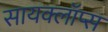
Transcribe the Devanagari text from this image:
सायक्लॉप्स